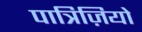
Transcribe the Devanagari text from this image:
पात्रिज़ियो